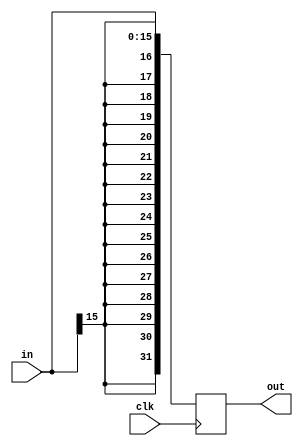
`timescale 1ns / 1ps



module Sign_Extend(
    input [15:0] in,
    input clk,
    output reg [31:0] out
    );
    always @(posedge clk)
        begin
            out <= $signed(in);
        end
endmodule